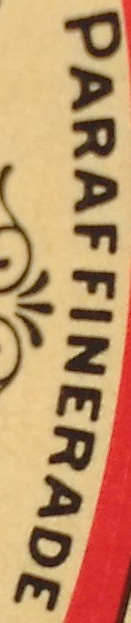
PARAFFINERADE